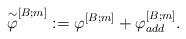
LaTeX: \begin{align*}\overset{\sim}{\varphi}^{[B;m]}:=\varphi^{[B;m]} + \varphi^{[B;m]}_{add}.\end{align*}